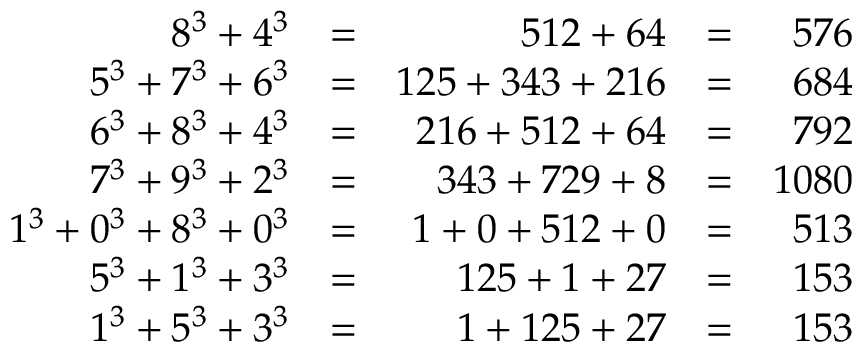
{ \begin{array} { r l r l r } { 8 ^ { 3 } + 4 ^ { 3 } } & { = } & { 5 1 2 + 6 4 } & { = } & { 5 7 6 } \\ { 5 ^ { 3 } + 7 ^ { 3 } + 6 ^ { 3 } } & { = } & { 1 2 5 + 3 4 3 + 2 1 6 } & { = } & { 6 8 4 } \\ { 6 ^ { 3 } + 8 ^ { 3 } + 4 ^ { 3 } } & { = } & { 2 1 6 + 5 1 2 + 6 4 } & { = } & { 7 9 2 } \\ { 7 ^ { 3 } + 9 ^ { 3 } + 2 ^ { 3 } } & { = } & { 3 4 3 + 7 2 9 + 8 } & { = } & { 1 0 8 0 } \\ { 1 ^ { 3 } + 0 ^ { 3 } + 8 ^ { 3 } + 0 ^ { 3 } } & { = } & { 1 + 0 + 5 1 2 + 0 } & { = } & { 5 1 3 } \\ { 5 ^ { 3 } + 1 ^ { 3 } + 3 ^ { 3 } } & { = } & { 1 2 5 + 1 + 2 7 } & { = } & { 1 5 3 } \\ { 1 ^ { 3 } + 5 ^ { 3 } + 3 ^ { 3 } } & { = } & { 1 + 1 2 5 + 2 7 } & { = } & { 1 5 3 } \end{array} }